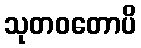
သုတဝတောပိ